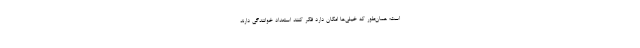
است؛ همان‌طور که خیلی‌ها امکان دارد فکر کنند استعداد خوانندگی دارند